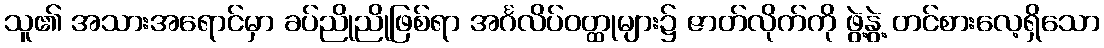
သူ၏ အသားအရောင်မှာ ခပ်ညိုညိုဖြစ်ရာ အင်္ဂလိပ်ဝတ္ထုများ၌ ဇာတ်လိုက်ကို ဖွဲ့နွဲ့ တင်စားလေ့ရှိသော